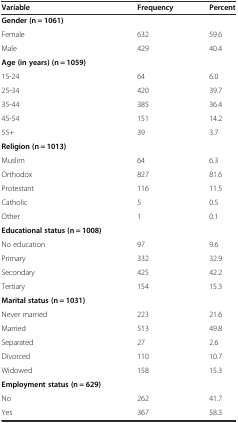
| Variable | Frequency | Percent |
 | --- | --- | --- |
 | Gender (n = 1061) |  |  |
 | Female | 632 | 59.6 |
 | Male | 429 | 40.4 |
 | Age (in years) (n = 1059) |  |  |
 | 15-24 | 64 | 6.0 |
 | 25-34 | 420 | 39.7 |
 | 35-44 | 385 | 36.4 |
 | 45-54 | 151 | 14.2 |
 | 55+ | 39 | 3.7 |
 | Religion (n = 1013) |  |  |
 | Muslim | 64 | 6.3 |
 | Orthodox | 827 | 81.6 |
 | Protestant | 116 | 11.5 |
 | Catholic | 5 | 0.5 |
 | Other | 1 | 0.1 |
 | Educational status (n = 1008) |  |  |
 | No education | 97 | 9.6 |
 | Primary | 332 | 32.9 |
 | Secondary | 425 | 42.2 |
 | Tertiary | 154 | 15.3 |
 | Marital status (n = 1031) |  |  |
 | Never married | 223 | 21.6 |
 | Married | 513 | 49.8 |
 | Separated | 27 | 2.6 |
 | Divorced | 110 | 10.7 |
 | Widowed | 158 | 15.3 |
 | Employment status (n = 629) |  |  |
 | No | 262 | 41.7 |
 | Yes | 367 | 58.3 |